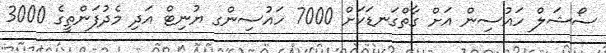
ސޯޝަލް ހައުސިން އަށް ގާތްގަނޑަކަށް 7000 ހައުސިންގ ޔުނިޓް އަދި މެދުފަންތީގެ 3000